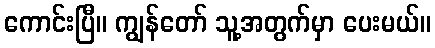
ကောင်းပြီ။ ကျွန်တော် သူ့အတွက်မှာ ပေးမယ်။